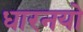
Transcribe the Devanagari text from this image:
धारनयो